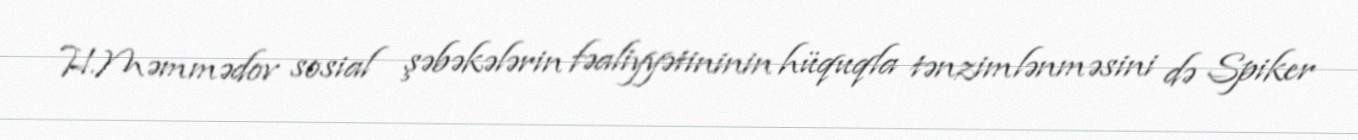
H.Məmmədov sosial şəbəkələrin fəaliyyətininin hüquqla tənzimlənməsini də Spiker